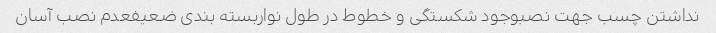
نداشتن چسب جهت نصبوجود شکستگی و خطوط در طول نواربسته بندی ضعیفعدم نصب آسان